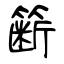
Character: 簖